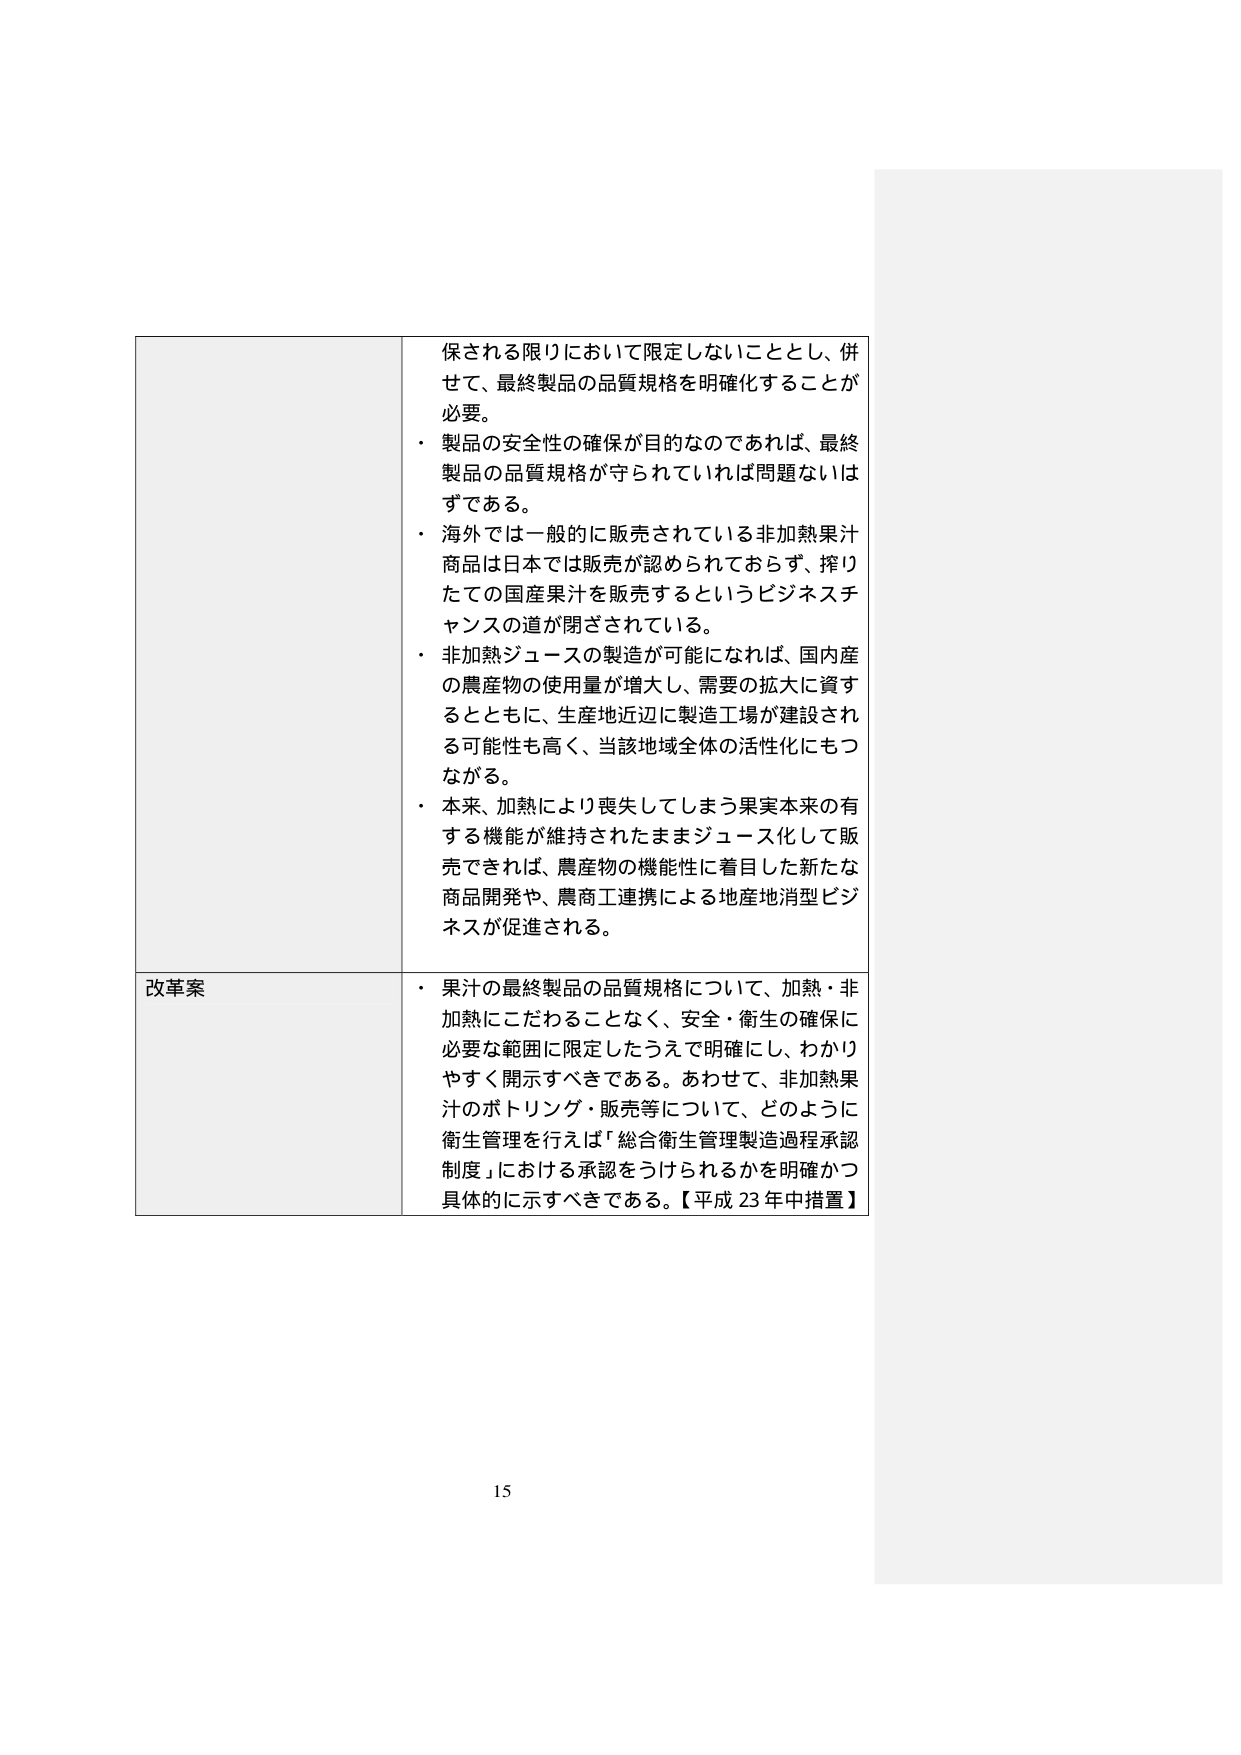
保される限りにおいて限定しないこととし、併せて、最終製品の品質規格を明確化することが必要。

・ 製品の安全性の確保が目的的であれば、最終製品の品質規格が守られていれば問題ないはずである。

・ 海外では一般的に販売されている非加熱果汁商品は日本では販売が認められておらず、搾りたての国産果汁を販売するというビジネスチャンスの道が閉ざされている。

・ 非加熱ジュースの製造が可能になれば、国内産の農産物の使用量が増大し、需要の拡大に資するとともに、生産地近辺に製造工場が建設される可能性も高く、当該地域全体の活性化にもつながる。

・ 本来、加熱により喪失してしまう果実本来の有する機能が維持されたままジュース化して販売できれば、農産物の機能性に着目した新たな商品開発や、農商工連携による地産地消型ビジネスが促進される。

改革案

・ 果汁の最終製品の品質規格について、加熱・非加熱にこだわることなく、安全・衛生の確保に必要な範囲に限定したうえで明確にし、わかりやすく開示すべきである。あわせて、非加熱果汁のボトリング・販売等について、どのように衛生管理を行えば「総合衛生管理製造過程承認制度」における承認をうけられるかを明確かつ具体的に示すべきである。【平成23年中措置】

15